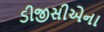
ડીજીસીએના